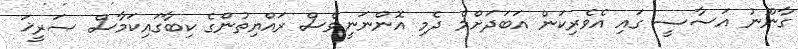
ގާނޫނު އަސާސީ ގައި އެވެރިކަން އަބަދަށްމެ ދެމި އޮންނަނީވެސް ރައްޔިތުންގެ ކިބާގައިކަމާސް ޞަރީޚަ